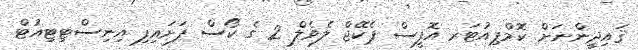
ޤައިދީންނަށް ކޮމްޕިއުޓަރ އޮފީސް ޕެކޭޖް ލެވެލް 2 ގެ ކޯސް ފަށައިފި އިނިސްޓިޓިއުޓް